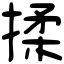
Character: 揉